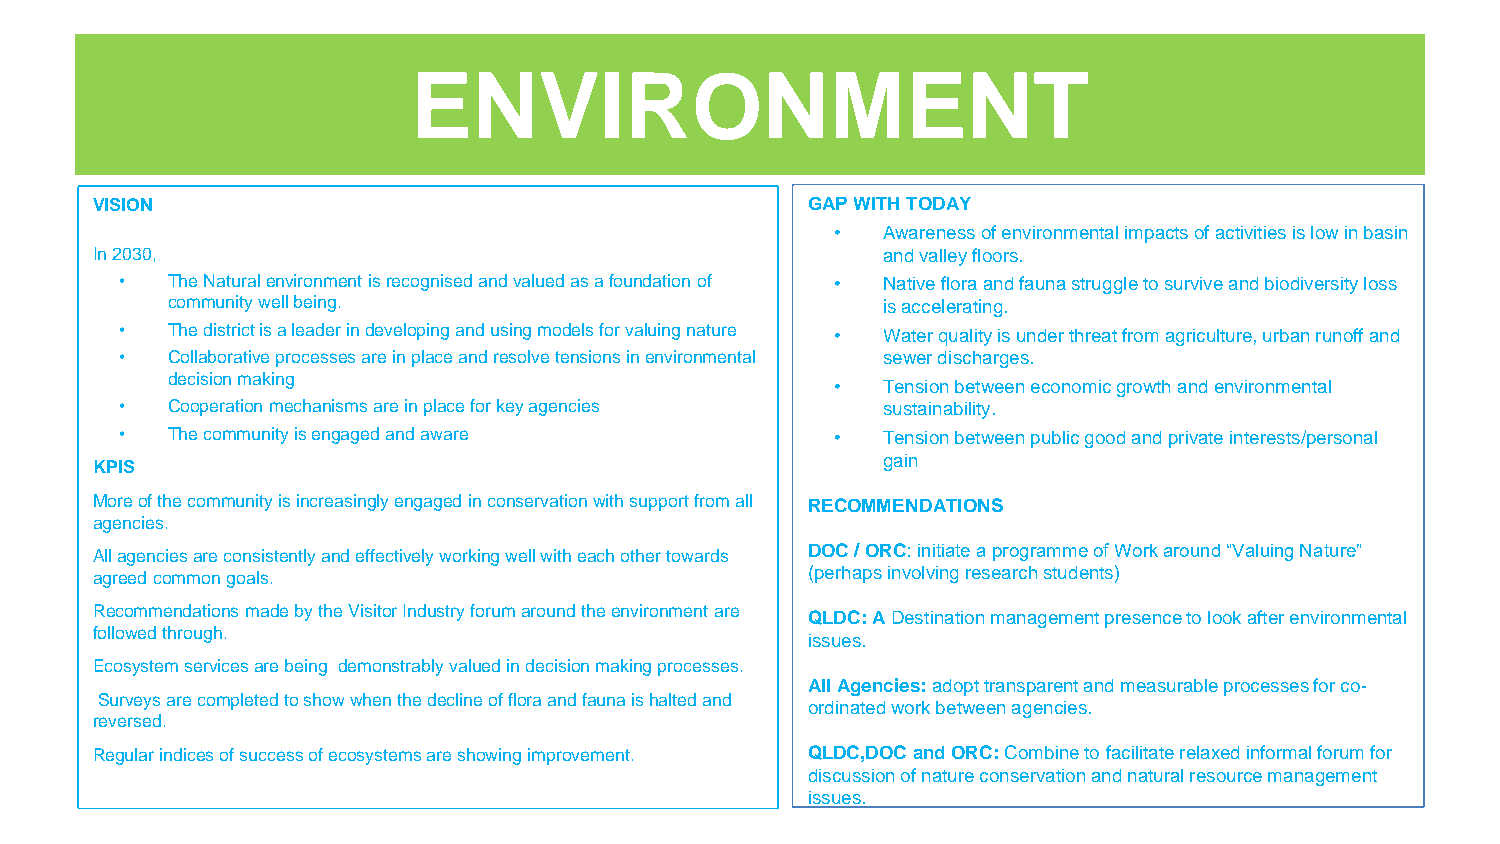
ENVIRONMENT
 VISION                                         GAP WITH TODAY
 •  Awareness of environmental impacts of activities is low in basin
 In 2030,                                            and valley floors.
 •  The Natural environment is recognised and valued as a foundation of • Native flora and fauna struggle to survive and biodiversity loss
 community well being.                          is accelerating.
 •  The district is a leader in developing and using models for valuing nature • Water quality is under threat from agriculture, urban runoff and
 •  Collaborative processes are in place and resolve tensions in environmental sewer discharges.
 decision making
 •  Tension between economic growth and environmental
 •  Cooperation mechanisms are in place for key agencies sustainability.
 •  The community is engaged and aware          •  Tension between public good and private interests/personal
 gain
 KPIS
 More of the community is increasingly engaged in conservation with support from all RECOMMENDATIONS
 agencies.
 DOC / ORC: initiate a programme of Work around “Valuing Nature”
 All agencies are consistently and effectively working well with each other towards
 agreed common goals.                           (perhaps involving research students)
 Recommendations made by the Visitor Industry forum around the environment are QLDC: A Destination management presence to look after environmental
 followed through.
 issues.
 Ecosystem services are being demonstrably valued in decision making processes.
 All Agencies: adopt transparent and measurable processes for co-
 Surveys are completed to show when the decline of flora and fauna is halted and
 ordinatedwork between agencies.
 reversed.
 Regular indices of success of ecosystems are showing improvement. QLDC,DOC and ORC: Combine to facilitate relaxed informal forum for
 discussion of nature conservation and natural resource management
 issues.